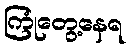
ကြုံတွေ့နေရ